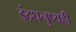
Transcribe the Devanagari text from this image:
इंद्रधनुष्यही